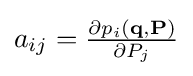
{\textstyle a_{ij}={\frac {\partial {p}_{i}(\mathbf {q} ,\mathbf {P} )}{\partial P_{j}}}}